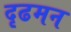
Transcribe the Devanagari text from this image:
दृढमन